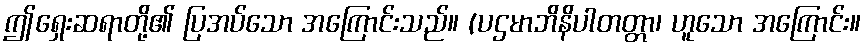
ဤရှေးဆရာတို့၏ ပြအပ်သော အကြောင်းသည်။ (ပဌမာဘိနိပါတတ္တာ၊ ဟူသော အကြောင်း။